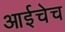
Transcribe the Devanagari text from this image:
आईचेच